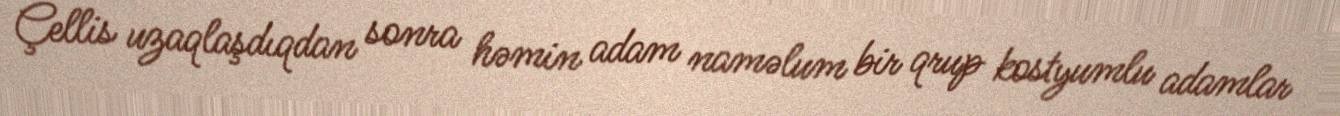
Çellis uzaqlaşdıqdan sonra həmin adam naməlum bir qrup kostyumlu adamlar